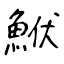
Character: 鮲